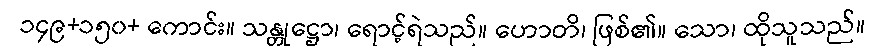
၁၄၉+၁၅၀+ ကောင်း။ သန္တုဋ္ဌော၊ ရောင့်ရဲသည်။ ဟောတိ၊ ဖြစ်၏။ သော၊ ထိုသူသည်။